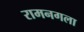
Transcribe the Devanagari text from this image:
रामनगला